Lunatic asylums Madras 1877-1891 - 1877-1891
Year: 1877
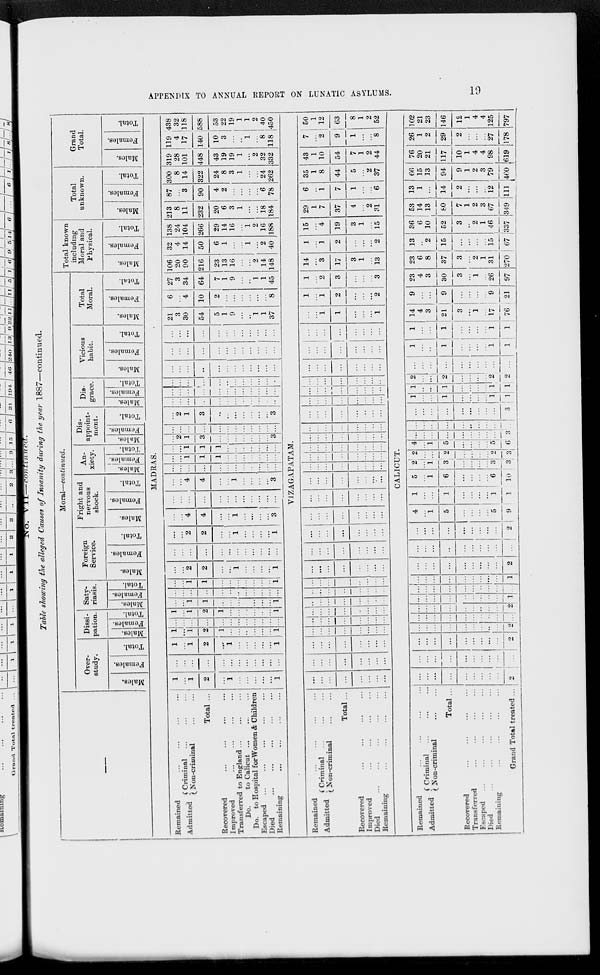
APPENDIX TO ANNUAL REPORT ON LUNATIC ASYLUMS.
19
No.
VII—continued.
Table showing the alleged Causes of Insanity during the year 1887—continued.
—
Remained ... ... ... ...
Admitted
Criminal ... ... ...
Non-criminal ... ...
Total ...
Recovered
...
...
...
...
Improved
...
...
...
...
Transferred to England... ... ...
Do.
to Calicut ... ... ... ...
Do. to Hospital for Women & Children
Escaped ...
...
...
...
...
Died ... ... ... ... ...
Remaining ... ... ... ...
Remained ... ... ... ...
Admitted
Criminal ... ... ...
Non-criminal... ...
Total...
Recovered ... ... ... ...
Improved
...
...
...
...
Died
...
...
...
...
Remaining
...
...
...
...
Remained ... ... ... ...
Admitted
Criminal ... ... ...
Non-criminal ... ...
Total ...
Recovered
...
...
...
...
Transferred
...
...
...
...
Escaped
...
...
...
...
Died
...
...
...
...
Remaining ... ... ... ...
Grand Total treated ...
Moral—continued.
Over¬
study.
Males.
Females.
Total.
Dissi-
pation.
Males.
Females.
Total.
Saty-
riasis.
Males.
Females.
Total.
Foreign
Service.
Males.
Females.
Total.
Fright and
nervous
shock.
Males.
Females.
Total.
An-
xiety.
Males.
Females.
Total.
Dis-
appoint-
ment.
Males.
Females.
Total.
Dis-
grace.
Males.
Females.
Total.
Vicious
habit.
Males.
Females.
Total.
Total
Moral.
Males.
Females.
Total.
Total known
including
Moral and
Physical.
Males.
Females.
Total.
Total
unknown.
Males.
Females.
Total.
Grand
Total.
Males.
Females.
Total.
MADRAS.
1
...
1
2
...
1
...
...
...
...
...
1
...
...
...
...
...
...
...
...
...
...
...
...
1
...
1
2
...
1
...
...
...
...
...
1
1
...
1
2
1
...
...
..
...
...
...
1
...
...
...
...
...
...
...
...
...
...
...
...
1
...
1
2
1
...
...
...
...
...
...
1
...
...
1
1
...
...
...
...
...
...
...
1
...
...
...
...
...
...
...
...
...
...
...
...
...
...
1
1
...
...
...
...
...
...
...
1
...
...
2
2
...
...
1
...
...
...
...
1
...
...
...
...
...
...
...
...
...
...
...
...
...
...
2
2
...
1
...
...
...
...
1
...
...
4
4
...
...
1
...
...
...
...
3
...
...
...
...
...
...
...
...
...
...
...
...
...
...
4
4
...
...
1
...
...
...
...
3
...
...
...
...
...
...
...
...
...
...
...
...
...
...
1
1
1
...
...
...
...
...
...
...
...
...
1
1
1
...
...
...
...
...
...
...
...
2
1
3
...
...
...
...
...
...
...
3
...
...
...
...
...
...
...
...
...
...
...
...
...
2
1
3
...
...
...
...
...
...
...
3
...
...
...
...
...
...
...
...
...
...
...
...
...
...
...
...
...
...
...
...
...
...
...
...
...
...
...
...
...
...
...
...
...
...
...
...
...
...
...
...
...
...
...
...
...
...
...
...
...
...
...
...
...
...
...
...
...
...
...
...
...
...
...
...
...
...
...
...
...
...
...
...
21
3
30
54
5
1
9
...
...
1
1
37
6
...
4
10
2
...
...
...
...
...
...
8
27
3
34
64
7
1
9
...
...
1
1
45
106
20
90
216
23
13
16
...
...
2
14
148
32
4
14
50
6
1
...
...
...
...
2
40
138
24
104
266
29
14
16
...
1
2
16
188
213
8
11
232
20
6
3
1
...
...
18
184
87
...
3
90
4
2
...
...
...
...
6
78
300
8
14
322
24
8
3
1
...
...
24
262
319
28
101
448
43
19
19
1
...
2
32
332
119
4
17
140
10
3
...
..
1
...
8
118
438
32
118
588
53
22
19
1
1
2
40
450
VIZAGAPATAM.
...
...
...
...
...
...
...
...
...
...
...
...
...
...
...
...
...
...
...
...
...
...
...
...
...
...
...
...
...
...
...
...
...
...
...
...
...
...
...
...
...
...
...
...
...
...
...
...
...
...
...
...
...
...
...
...
...
...
...
...
...
...
...
...
...
...
...
...
...
...
...
...
...
...
...
...
...
...
...
...
...
...
...
...
...
...
...
...
...
...
...
...
...
...
...
...
...
...
...
...
...
...
...
...
...
...
...
...
...
...
...
...
...
...
...
...
...
...
...
...
...
...
...
...
...
...
...
...
...
...
...
...
...
...
...
...
...
...
...
...
...
...
...
...
...
...
...
...
...
...
...
...
...
...
...
...
...
...
...
...
...
...
...
...
...
...
...
...
...
...
...
...
...
...
...
...
...
...
...
...
...
...
...
...
...
...
...
...
...
...
...
...
...
...
...
...
...
...
...
...
...
...
...
...
...
...
...
...
...
...
...
...
...
...
...
...
...
...
1
1
...
...
...
1
1
...
1
2
...
...
...
2
1
...
2
3
...
...
...
3
14
...
3
17
3
1
...
13
1
...
1
2
...
...
...
2
15
...
4
19
3
1
...
l5
29
1
7
37
4
...
2
31
6
..
1
7
1
...
...
6
35
1
8
44
5
...
2
37
43
1
10
54
7
1
2
44
7
...
2
9
1
...
...
8
50
1
12
63
8
1
2
52
CALICUT.
...
...
...
...
...
...
...
...
...
2
...
...
...
...
...
...
...
...
...
...
...
...
...
...
...
...
...
...
...
2
...
...
...
...
...
...
...
...
...
2
...
...
...
...
...
...
...
...
...
...
...
...
...
...
...
...
...
...
...
2
...
...
...
...
...
...
...
...
...
1
...
...
...
...
...
...
...
...
...
...
...
...
...
...
...
...
...
...
...
1
...
...
...
...
...
...
...
...
...
2
...
...
...
...
...
...
...
...
...
...
...
...
...
...
...
...
...
...
...
2
4
...
1
5
...
...
...
...
5
9
1
...
...
1
...
...
...
...
1
1
5
...
1
6
...
...
...
...
6
10
2
...
1
3
...
...
...
...
3
3
2
...
...
2
...
...
...
...
2
3
4
...
1
5
...
...
...
...
5
6
...
...
...
...
...
...
...
...
...
3
...
...
...
...
...
...
...
...
...
...
...
...
...
...
...
...
...
...
...
3
1
...
...
1
...
...
...
...
1
1
1
...
...
1
...
...
...
...
1
1
2
...
...
2
...
...
...
...
2
2
...
...
...
...
...
...
...
...
...
...
1
...
...
1
...
...
...
...
1
1
1
...
...
1
...
...
...
...
1
1
14
4
3
21
3
...
1
...
17
76
9
...
...
9
...
...
...
...
9
21
23
4
3
30
3
...
1
...
26
97
23
6
8
37
3
...
2
1
31
270
13
..
2
15
...
...
...
...
15
67
36
6
10
52
3
..
2
1
46
337
53
14
13
80
7
1
2
3
67
349
13
1
...
14
2
...
...
...
12
111
66
15
13
94
9
1
2
3
79
460
76
20
21
117
10
1
4
4
98
619
26
1
2
29
2
...
...
...
27
178
102
21
23
146
12
1
4
4
125
797